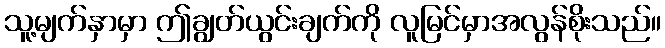
သူ့မျက်နှာမှာ ဤချွတ်ယွင်းချက်ကို လူမြင်မှာအလွန်စိုးသည်။